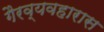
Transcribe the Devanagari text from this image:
गैरव्यवहारास